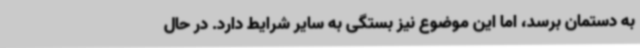
به دستمان برسد، اما این موضوع نیز بستگی به سایر شرایط دارد. در حال